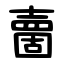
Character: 夁